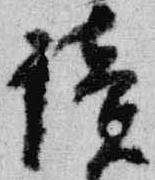
読